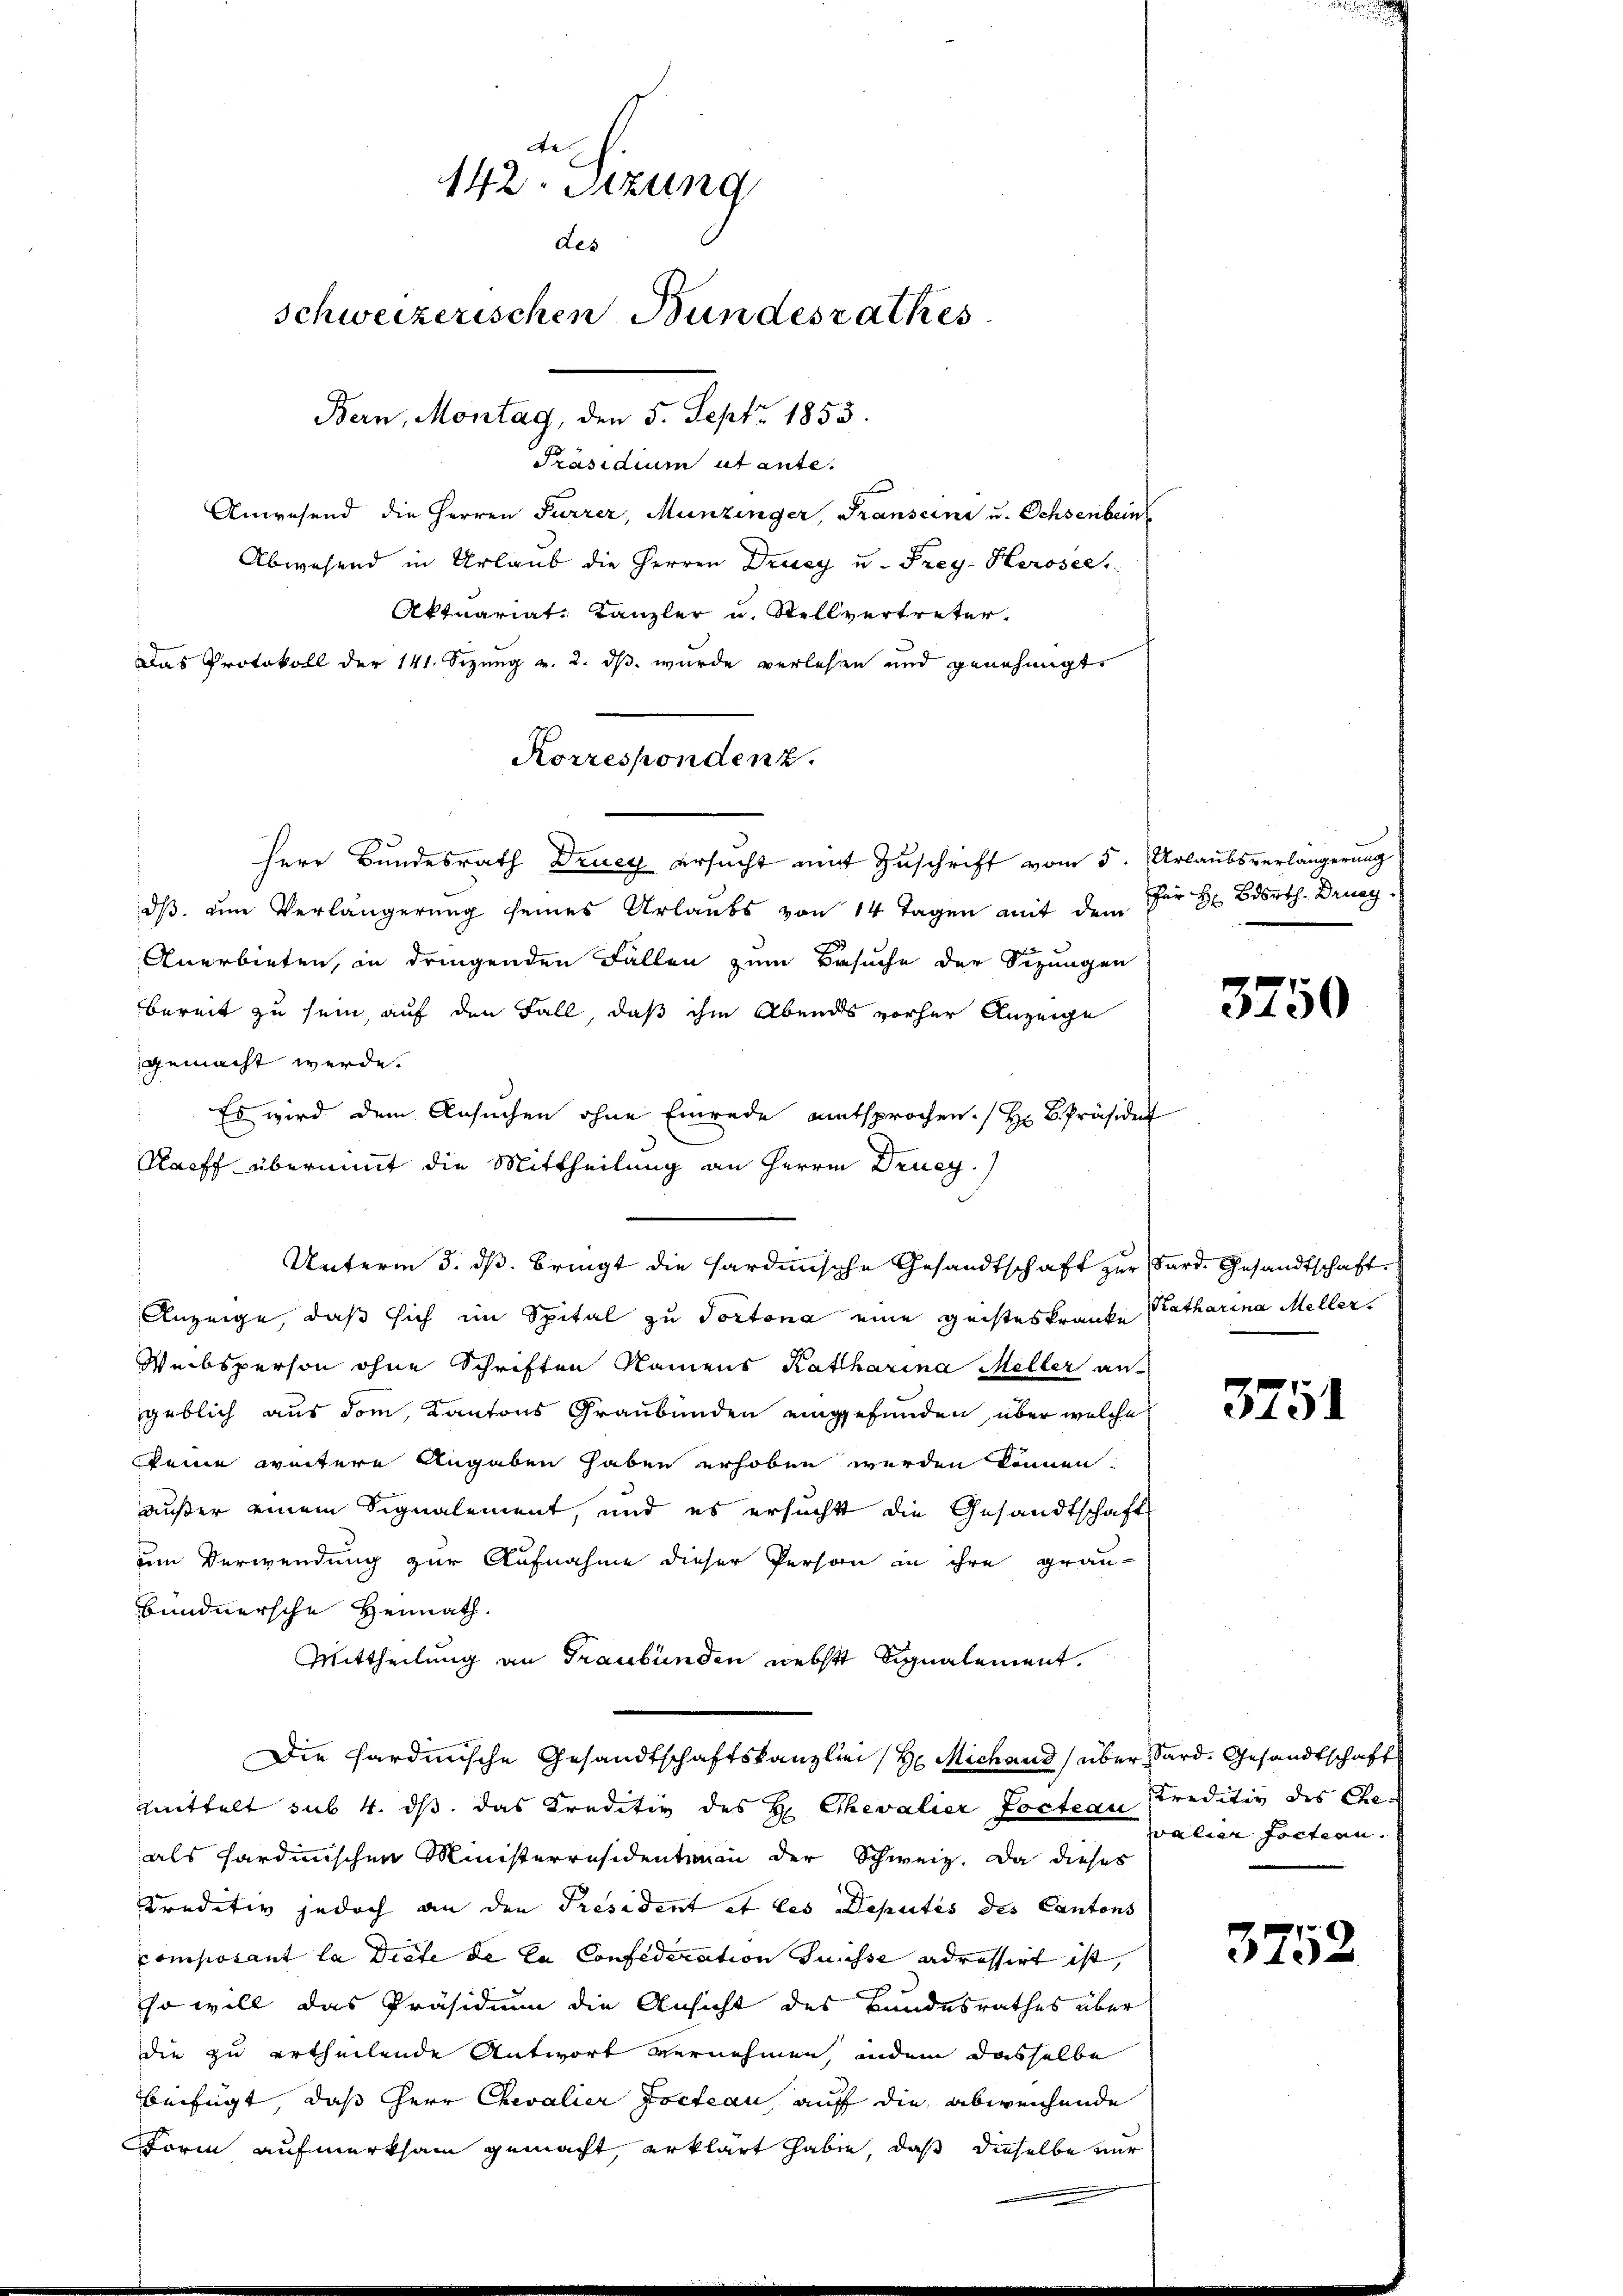
Präsidium ut ante.
Anwesend die Herren Furrer, Munzinger, Transeine u. Ochsenbein
Abwesend in Urlaub die Herren Drucy u. Frey- Herosee,
Aktuariat Kanzler u. Stellvertreter.
Das Protokoll der 141. Sizung v. 2. ds. wurde verlesen und genehmigt.
Herr Bundesrath Drucy ersucht mit Zuschrift vom 5. Urlaubsverlängerung
dβ ŭm Verlängerung seines Urlaubs von 14 Tagen mit dem für H Bdsrth. Drucy¬
Anerbieten, in dringenden Fällen zum Besuche der Sizungen
bereit zu sein, auf den Fall, daß ihm Abends vorher Anzeige
gemacht werde.
Es wird dem Ansuchen ohne Einrede amtsprochen. / Hr. K. Präsident
Racff übernimmt die Mittheilung an Herren Drucy.)
Unterm 3. ds. bringt die hardinische Gesandtschaft zur Sard. Gesandtschafte
Anzeige, daß sich im Spital zu Portona eine geisteskranke Katharina Meller
Weibsperson ohne Schriften Namens Katharina Meller an
geblich aus dem Kantons Graubünden eingefunden, über welche
keine weitere Angaben haben erhoben werden können.
außer einem Signalement, und es ersucht die Gesandtschaft
um Verwendung zur Aufnahme dieser Person in ihre grau-
bundnersche Heimath.
Mittheilung an Graubünden nebst Signalement.
Die hardinische Gesandtschaftskanzlei (H. Michand über Sard. Gesandtschaft
mittelt sub 4. ds. das Kreditiv des H: Chevalier Pocteau Creditiv des Cheals sardinischen Ministerräsidentenau der Schweiz. Da dieses
Kreditiv jedoch an den President et les Deputés des Cantons
composant la Diete de la Confideration Suisse adressirt ist,
so will das Präsidium die Ansicht des Bandesrathes über
die zu ertheilende Antwort vernehmen, indem dasselbe
bbeifügt, daß Herr Chevalier Pocteau auf die abweichende
Form aufmerksam gemacht, erklärt habe, daß dieselbe nur

e
142. Sitzung
des
schweizerischen Bundesrathes
Bern, Montag, den 5. Sept. 1853.

Korrespondenz.

3750

3751

walier fortien.

3752